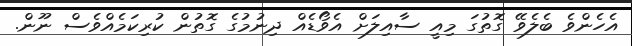
އެހެންވެ ބެލެވޭ ގޮތުގަ މިއީ ސާއިލަށް އެވޯޑެއް ދިނުމުގެ ގޮތުން ކުރިކަމެއްވެސް ނޫން.